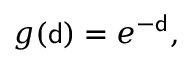
g ( { \mathsf { d } } ) = e ^ { - { \mathsf { d } } } ,